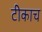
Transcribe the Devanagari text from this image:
टीकाच